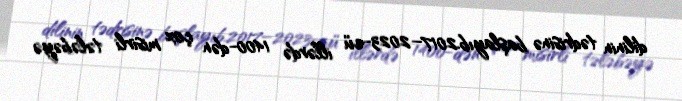
dilinin tədrisinə başlayıb.2017–2023-cü illərdə 1400-dən çox misirli tələbəyə